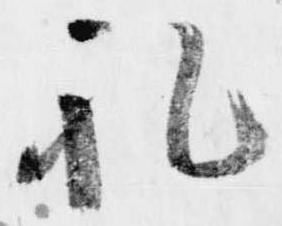
礼